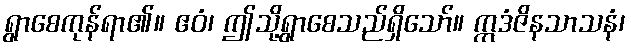
ရွာစေကုန်ရာ၏။ ဧဝံ၊ ဤသို့ရွာစေသည်ရှိသော်။ ဣဒံဇိနသာသနံ၊